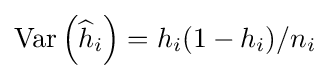
\operatorname {Var} \left({\widehat {h}}_{i}\right)=h_{i}(1-h_{i})/n_{i}